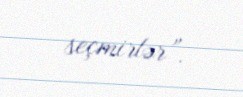
seçmirlər”.